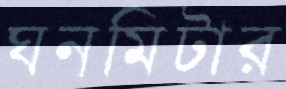
ঘনমিটার